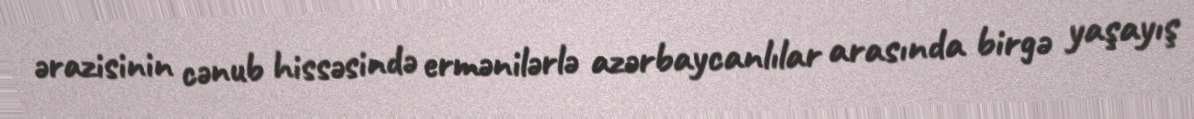
ərazisinin cənub hissəsində ermənilərlə azərbaycanlılar arasında birgə yaşayış